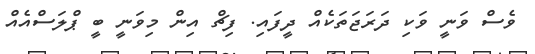
ވެސް ވަނީ ވަކި ދަރަޖަތަކެއް ދީފައި. ފިޗް އިން މިވަނީ ބީ ޕްލަސްއެއް